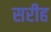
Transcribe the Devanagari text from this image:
सरीह